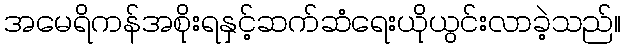
အမေရိကန်အစိုးရနှင့်ဆက်ဆံရေးယိုယွင်းလာခဲ့သည်။